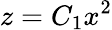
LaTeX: z=C_{1}x^{2}